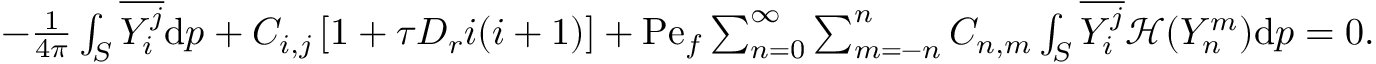
\begin{array} { r } { - \frac { 1 } { 4 \pi } \int _ { S } \overline { { Y _ { i } ^ { j } } } \mathrm { d } \boldsymbol { p } + C _ { i , j } \left[ 1 + \tau D _ { r } i ( i + 1 ) \right] + \mathrm { P e } _ { f } \sum _ { n = 0 } ^ { \infty } \sum _ { m = - n } ^ { n } C _ { n , m } \int _ { S } \overline { { Y _ { i } ^ { j } } } \mathcal { H } ( Y _ { n } ^ { m } ) \mathrm { d } \boldsymbol { p } = 0 . } \end{array}